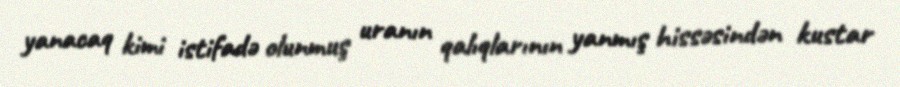
yanacaq kimi istifadə olunmuş uranın qalıqlarının yanmış hissəsindən kustar